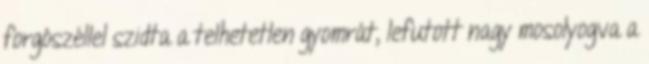
forgószéllel szidta a telhetetlen gyomrát, lefutott nagy mosolyogva a